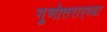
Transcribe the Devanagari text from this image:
गुणोत्तराएवढा